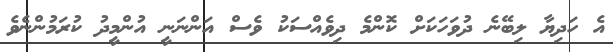
އެ ހަދިޔާ ލިބޭނެ ދުވަހަކަށް ކޮންމެ ދިވެއްސަކު ވެސް އަންނަނީ އުންމީދު ކުރަމުންނެވެ